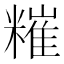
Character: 𥼂